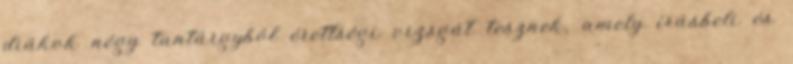
diákok négy tantárgyból érettségi vizsgát tesznek, amely írásbeli és